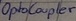
Text: OptoCoupler